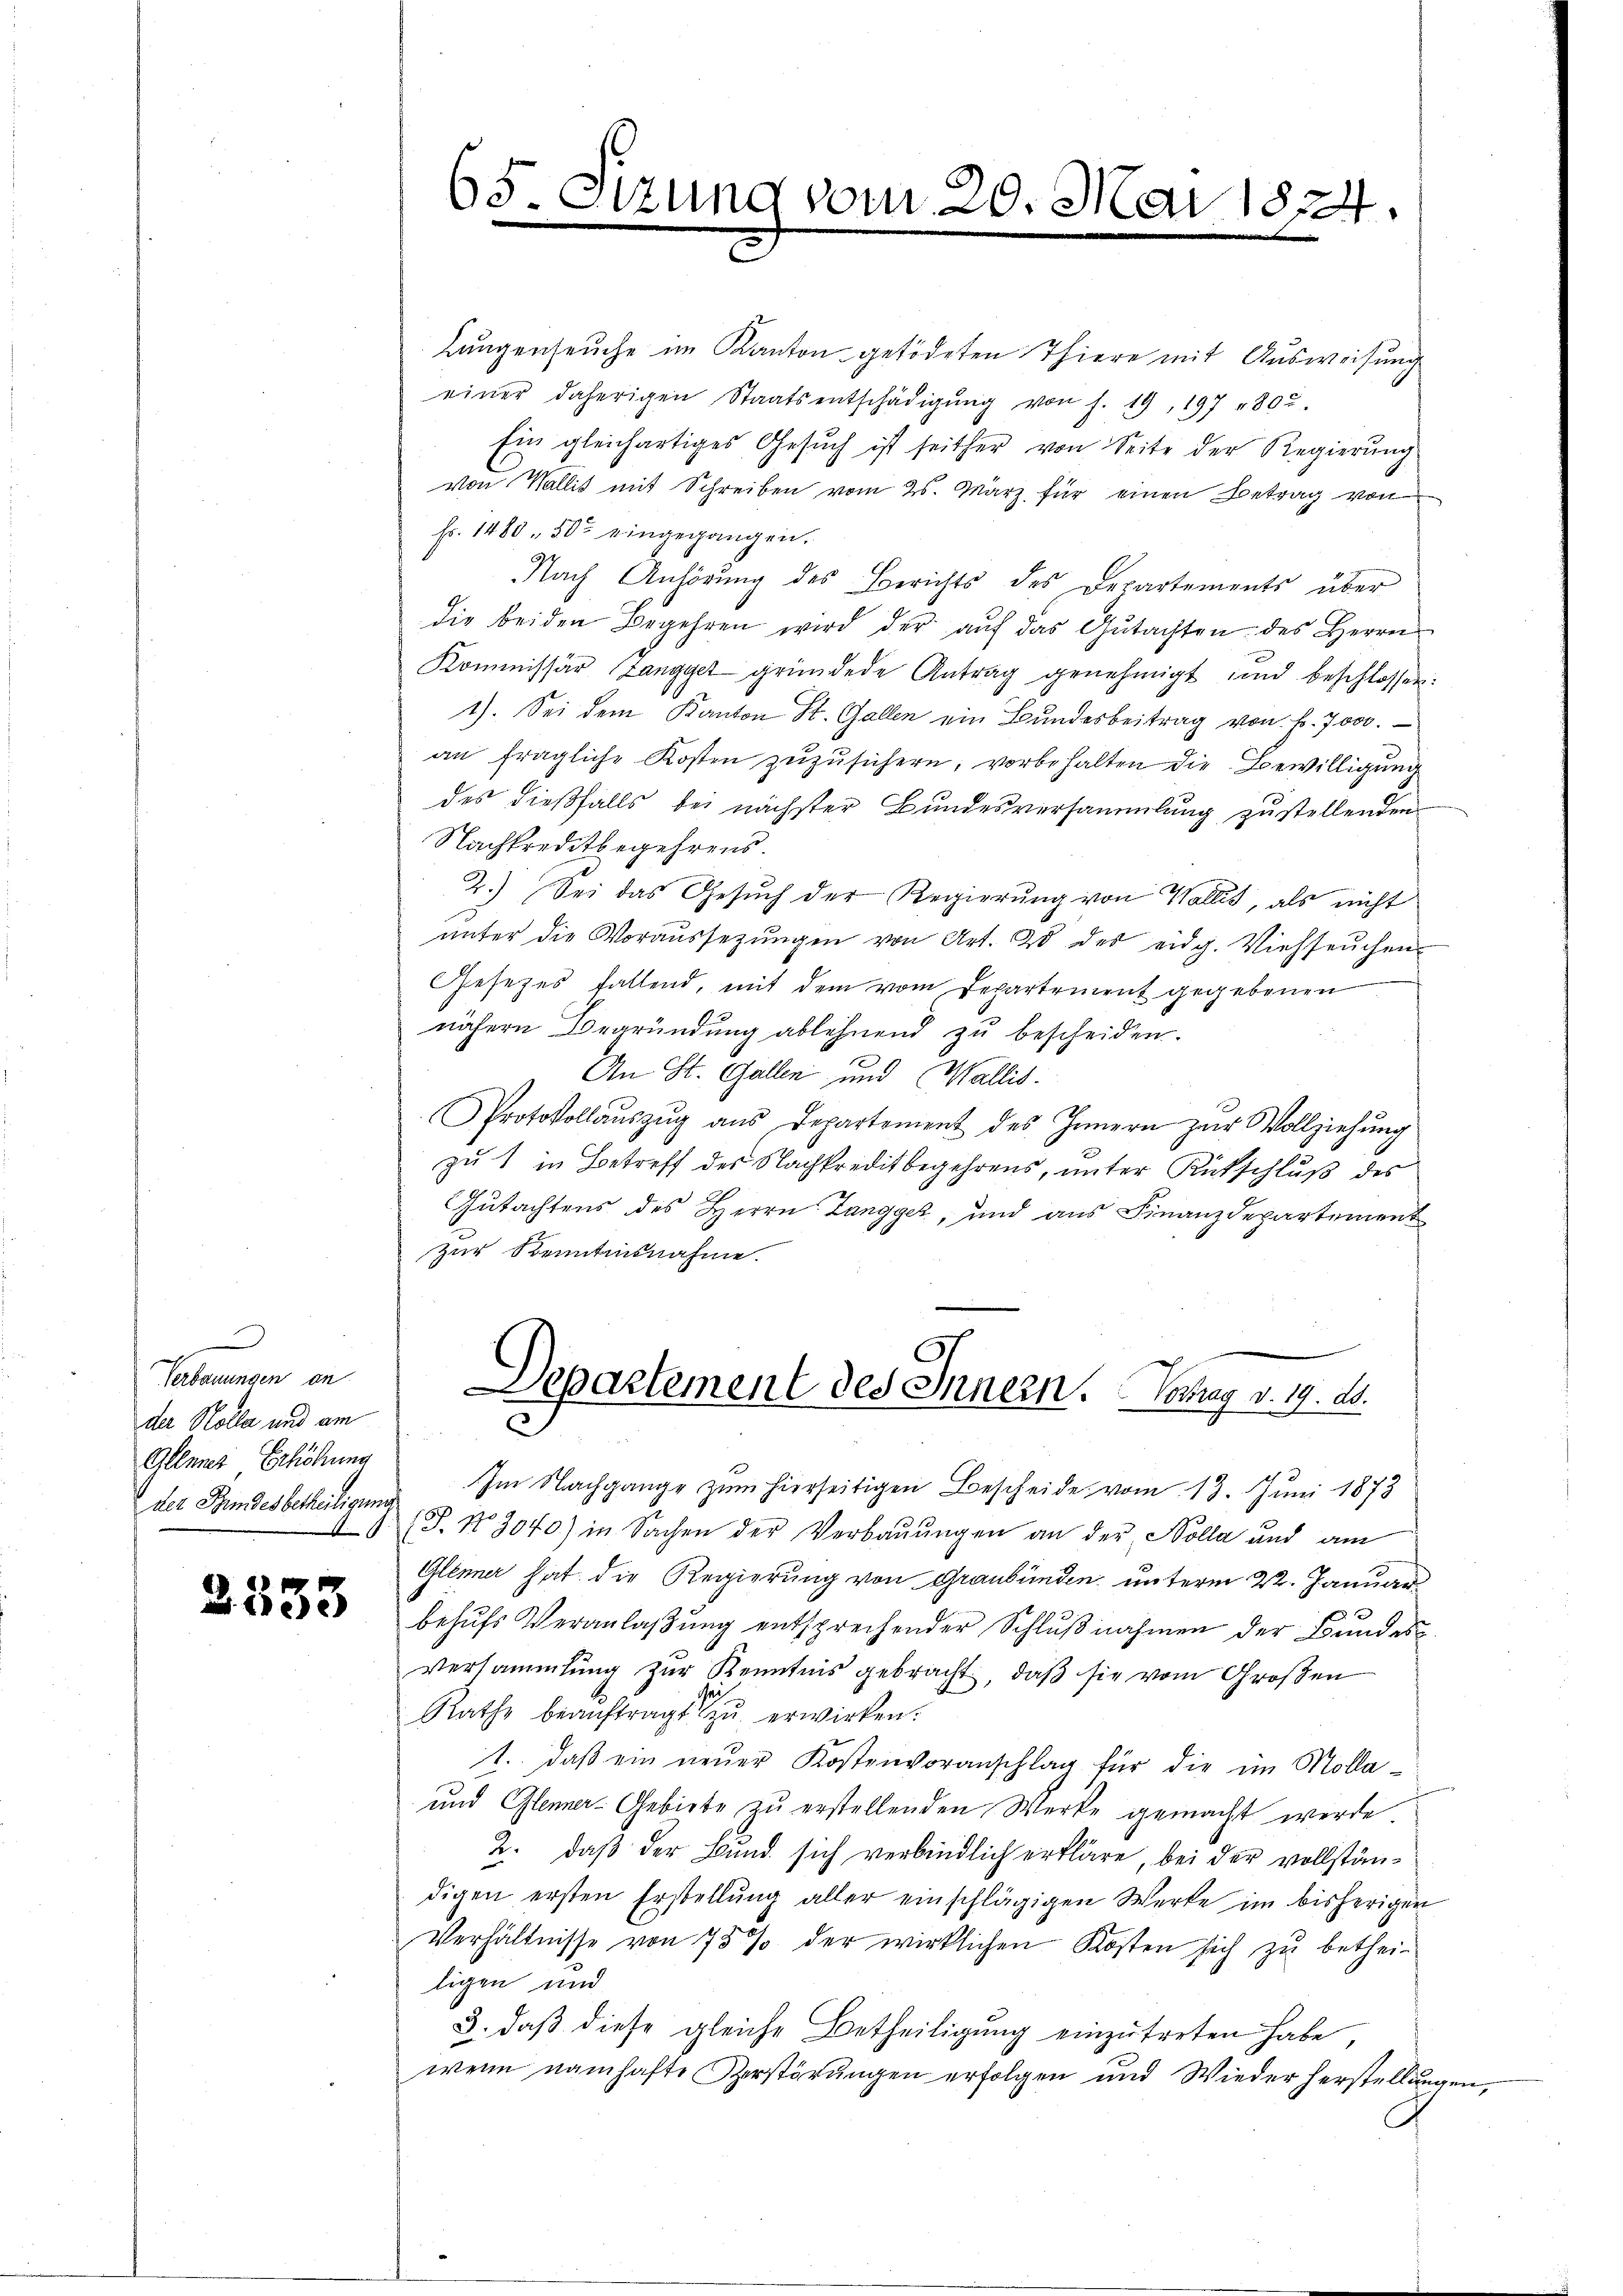
)
Verbauungen an
der Kolla und am
Gllener Erhöhung
.

2533

65. Etzung vom 20. Mai 1824.

Laugenseuche im Kanton getödeten Thiere mit Ausweisung
einer daherigen Staatsentschädigŭng von f. 19, 197 " 800.
Ein gleichartiges Gesŭch ist seither von Seite der Regierŭng
von Wallis mit Schreiben vom 25. März für einen Betrag von
Fr. 1480 " 802 eingegangen.
Nach Anhörung des Berichts des Departements über
die beiden Begehren wird der auf das Gutachten des Herrn
Kommissär (Langger gründete Antrag genehmigt und beschlossen:
1). Sei dem Kanton St. Gallen ein Bŭndesbeitrag von Fr. 7000.
an fragliche Kosten zuzusichern; vorbehalten die Bewilligung
des dießfalls bei nächster Bundesversammlung zustellenden
Nachtreditbegehrens.
2.) Sei das Gesŭch der Regierŭng von Wallis, als nicht
ŭnter die Voraŭssetzŭngen von Art. 28 des eidg. Viehseuchen-
Gesetzes fallend, mit dem vom Departement gegebenen
nähern Begründung ablehnend zu bescheiden.
An St. Gallen und Wallis.
Protokollaŭszŭg ans Departement des Innern zŭr Vollziehŭng
zu 1 in Betreff des Nachkreditbegehrens, unter Rückschluß des
Gutachtens des Herrn Langger, und aus Finanzdepartement
zur Kenntnisnahme.
Separtement des Innern. Hochag v. 19. ds.
S
der Bundesbetheiligung Im Nachgange zum hierseitigen Bescheide vom 13. Juni 1873
J. N. 3040) in Sachen der Verbaŭŭngen an der Kolla und am
Glenner hat die Regierung von Graubünden unterm 22. Januar
behufs Veranlaßung entsprechender Schlußnahmen der Bundes¬
Versammlung zur Kenntnis gebracht, daß sie vom Großen
Rathe beaŭftragt zŭ erwirken.
t. daβ ein neŭer Kostenvoranschlag für die im Molla-
und Glenner-Gebiete zŭ erstellenden Werke gemacht werde.
2. daß der Bund sich verbindlich erkläre, bei der vollständigen ersten Erstellung aller einschlägigen Werke im bisherigen
Verhältnisse von 75 % der wirklichen Kosten sich zu bethei-
ligen und
3., daß diese gleiche Betheiligung einzutreten habe,
wenn namhafte Verstörungen erfolgen und Wieder herstellungen